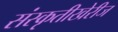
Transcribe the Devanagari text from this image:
संस्कृतीखेरीज